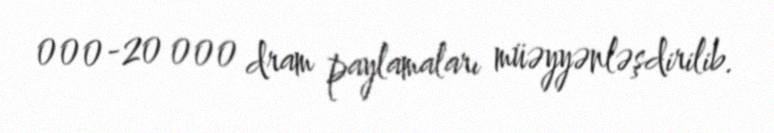
000-20 000 dram paylamaları müəyyənləşdirilib.